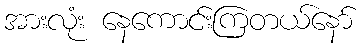
အားလုံး နေကောင်းကြတယ်နော်